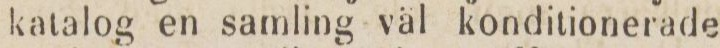
katalog en samling väl konditionerade